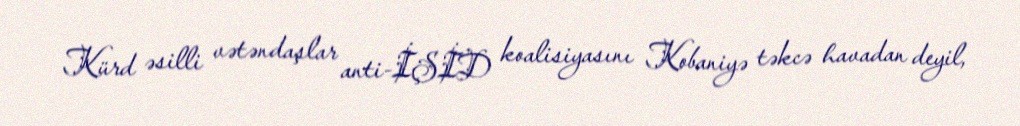
Kürd əsilli vətəndaşlar anti-İŞİD koalisiyasını Kobaniyə təkcə havadan deyil,